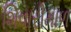
શિવારીમાળ